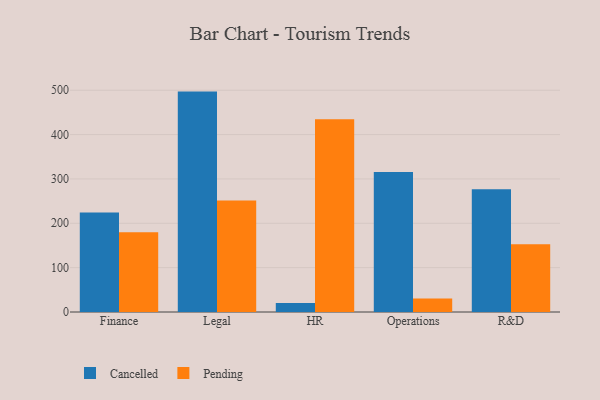
{"axis": {"x": "Department", "y": "Active Users"}, "legend": ["Cancelled", "Pending"], "data": [{"x": "Finance", "y": 224.3, "type": "Cancelled"}, {"x": "Finance", "y": 179.6, "type": "Pending"}, {"x": "Legal", "y": 496.9, "type": "Cancelled"}, {"x": "Legal", "y": 251.3, "type": "Pending"}, {"x": "HR", "y": 20.3, "type": "Cancelled"}, {"x": "HR", "y": 434.5, "type": "Pending"}, {"x": "Operations", "y": 315.4, "type": "Cancelled"}, {"x": "Operations", "y": 30.3, "type": "Pending"}, {"x": "R&D", "y": 277.0, "type": "Cancelled"}, {"x": "R&D", "y": 153.0, "type": "Pending"}]}